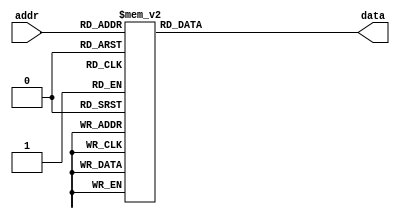
`timescale 1ns / 1ps

module ball_rom(
    input [2:0] addr,   // 3-bit address
    output reg [7:0] data   // 8-bit data
    );
    
    always @*
        case(addr)
            3'b000 :    data = 8'b00100100; //   ****  
            3'b001 :    data = 8'b01100110; //  ******
            3'b010 :    data = 8'b11100111; // ********
            3'b011 :    data = 8'b00000000; // ********
            3'b100 :    data = 8'b00000000; // ********
            3'b101 :    data = 8'b11100111; // ********
            3'b110 :    data = 8'b01100110; //  ******
            3'b111 :    data = 8'b00100100; //   ****
        endcase
    
endmodule

module ball_rom4(
    input [3:0] addr,   // 4-bit address
    output reg [15:0] data   // 16-bit data
    );
    
    always @*
        case(addr)
            4'b0000 :    data = 16'b00000111_11100000; //
            4'b0001 :    data = 16'b00001111_11110000; //
            4'b0010 :    data = 16'b00001111_11110000; //
            4'b0011 :    data = 16'b00011111_11111000; //
            4'b0100 :    data = 16'b00111111_11111100; //
            4'b0101 :    data = 16'b01111111_11111110; //
            4'b0110 :    data = 16'b11111111_11111111; //
            4'b0111 :    data = 16'b11111111_11111111; //
            4'b1000 :    data = 16'b11111111_11111111; //
            4'b1001 :    data = 16'b11111111_11111111; //
            4'b1010 :    data = 16'b11111111_11111111; //
            4'b1011 :    data = 16'b01111111_11111110; //
            4'b1100 :    data = 16'b00111111_11111100; // 
            4'b1101 :    data = 16'b00011111_11111000; //
            4'b1110 :    data = 16'b00001111_11110000; //
            4'b1111 :    data = 16'b00000111_11100000; // 
        endcase
    
endmodule